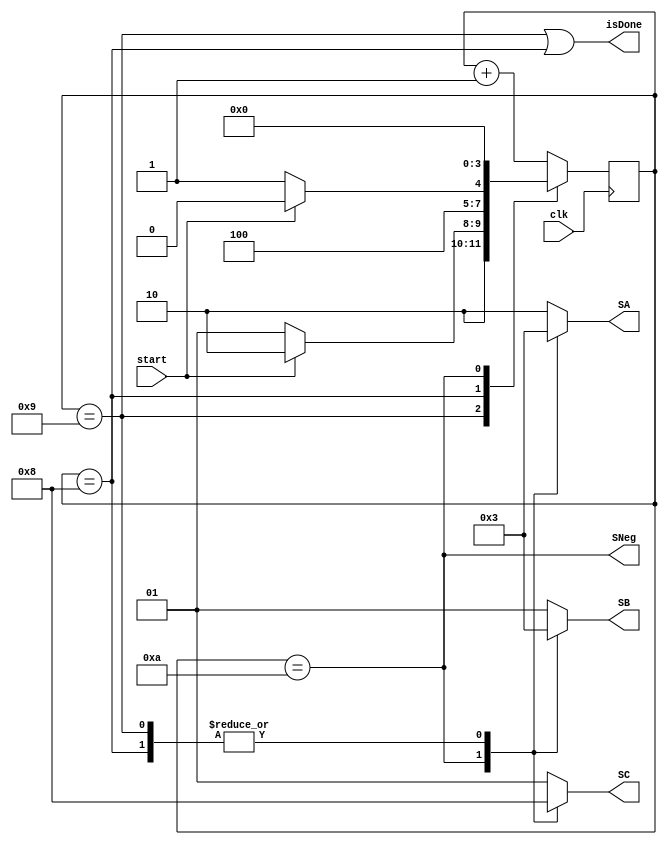
module multiplier_CU (input clk, start, output reg [1:0] SA, SB, SC, output isDone, SNeg);
  initial begin
    presentState = idleState;
  end
  
  localparam [3:0] idleState=4'b1001, initState=4'b1010, endState=4'b1000;
  reg [3:0] presentState, nextState;

  always @(*) begin
    case (presentState)
      idleState: begin
        if (start) nextState = initState;
        else nextState = idleState;
      end
      endState: begin
        if (!start) nextState = idleState;
        else nextState = endState;
      end
      initState: nextState = 4'b0000; // bit 0
      
      // bits
      default: nextState = presentState+1;
    endcase
  end

  always @(posedge clk) begin
      presentState <= nextState;
  end
  
  assign isDone = (presentState == idleState) | (presentState == endState);
  assign SNeg = (presentState == initState);

  localparam  [1:0] SALoad = 2'b00, SASHR = 2'b01, SASHL = 2'b10, SAStore = 2'b11;
  localparam  [1:0] SBLoad = 2'b00, SBSHR = 2'b01, SBSHL = 2'b10, SBStore = 2'b11;
  localparam  [1:0] SCStore = 2'b00, SCacc = 2'b01, SCclr = 2'b10;

  always @(*) begin
    case (presentState)
      idleState: SA = SAStore;
      initState: SA = SALoad;
      endState: SA = SAStore;
      default: SA = SASHL; // bits
    endcase
  end

  always @(*) begin
    case (presentState)
      idleState: SB = SBStore;
      initState: SB = SBLoad;
      endState: SB = SBStore;
      default: SB = SBSHR; // bits
    endcase
  end

  always @(*) begin
    case (presentState)
      idleState: SC = SCStore;
      initState: SC = SCclr;
      endState: SC = SCStore;
      default: SC = SCacc; // bits
    endcase
  end
endmodule